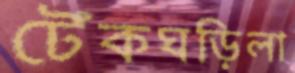
টেঁকঘড়িলা